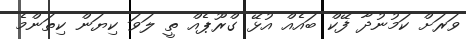
ވަރަށް ކަމުނުދާ ފޭކް ބައެއް އުޅޭ ގްރޫޕެއް ތީ ލަވަ ކިޔަން ކިތަންމެ